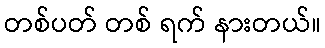
တစ်ပတ် တစ် ရက် နားတယ်။